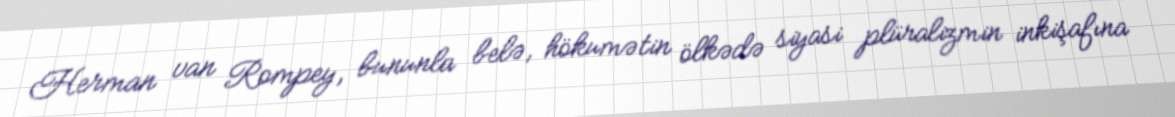
Herman van Rompey, bununla belə, hökumətin ölkədə siyasi plüralizmin inkişafına